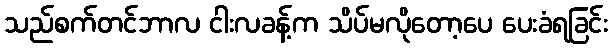
သည်စက်တင်ဘာလ ငါးလခန့်က သိပ်မလိုတော့ပေ ပေးခံရခြင်း